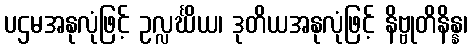
ပဌမအနုလုံဖြင့် ဥလ္လင်္ဃိယ၊ ဒုတိယအနုလုံဖြင့် နိဗ္ဗုတိနိန္န၊